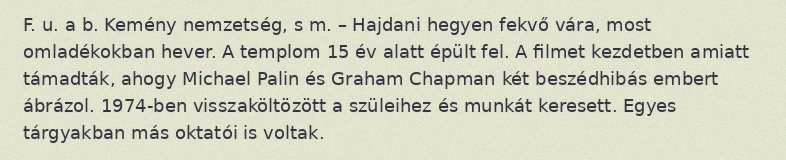
F. u. a b. Kemény nemzetség, s m. – Hajdani hegyen fekvő vára, most omladékokban hever. A templom 15 év alatt épült fel. A filmet kezdetben amiatt támadták, ahogy Michael Palin és Graham Chapman két beszédhibás embert ábrázol. 1974-ben visszaköltözött a szüleihez és munkát keresett. Egyes tárgyakban más oktatói is voltak.